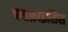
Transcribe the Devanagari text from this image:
कडफ़ाइसिस